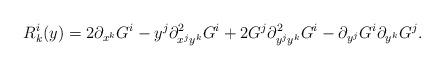
LaTeX: \begin{align*}R^i_k(y)=2\partial_{x^k}G^i-y^j\partial^2_{x^j y^k}G^i+2G^j\partial^2_{y^j y^k}G^i-\partial_{y^j}G^i\partial_{y^k}G^j.\end{align*}